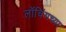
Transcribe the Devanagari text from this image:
लॉचिंगच्या